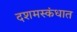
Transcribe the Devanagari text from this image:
दशमस्कंधात